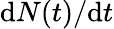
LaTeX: \mathrm{d}N(t)/\mathrm{d}t